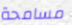
مسامحة